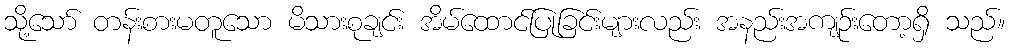
သို့သော် တန်းစားမတူသော မိသားစုချင်း အိမ်ထောင်ပြုခြင်းများလည်း အနည်းအကျဉ်းတော့ရှိ သည်။